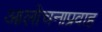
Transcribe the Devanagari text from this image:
आलोचनाप्रवाह